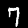
Digit: 7